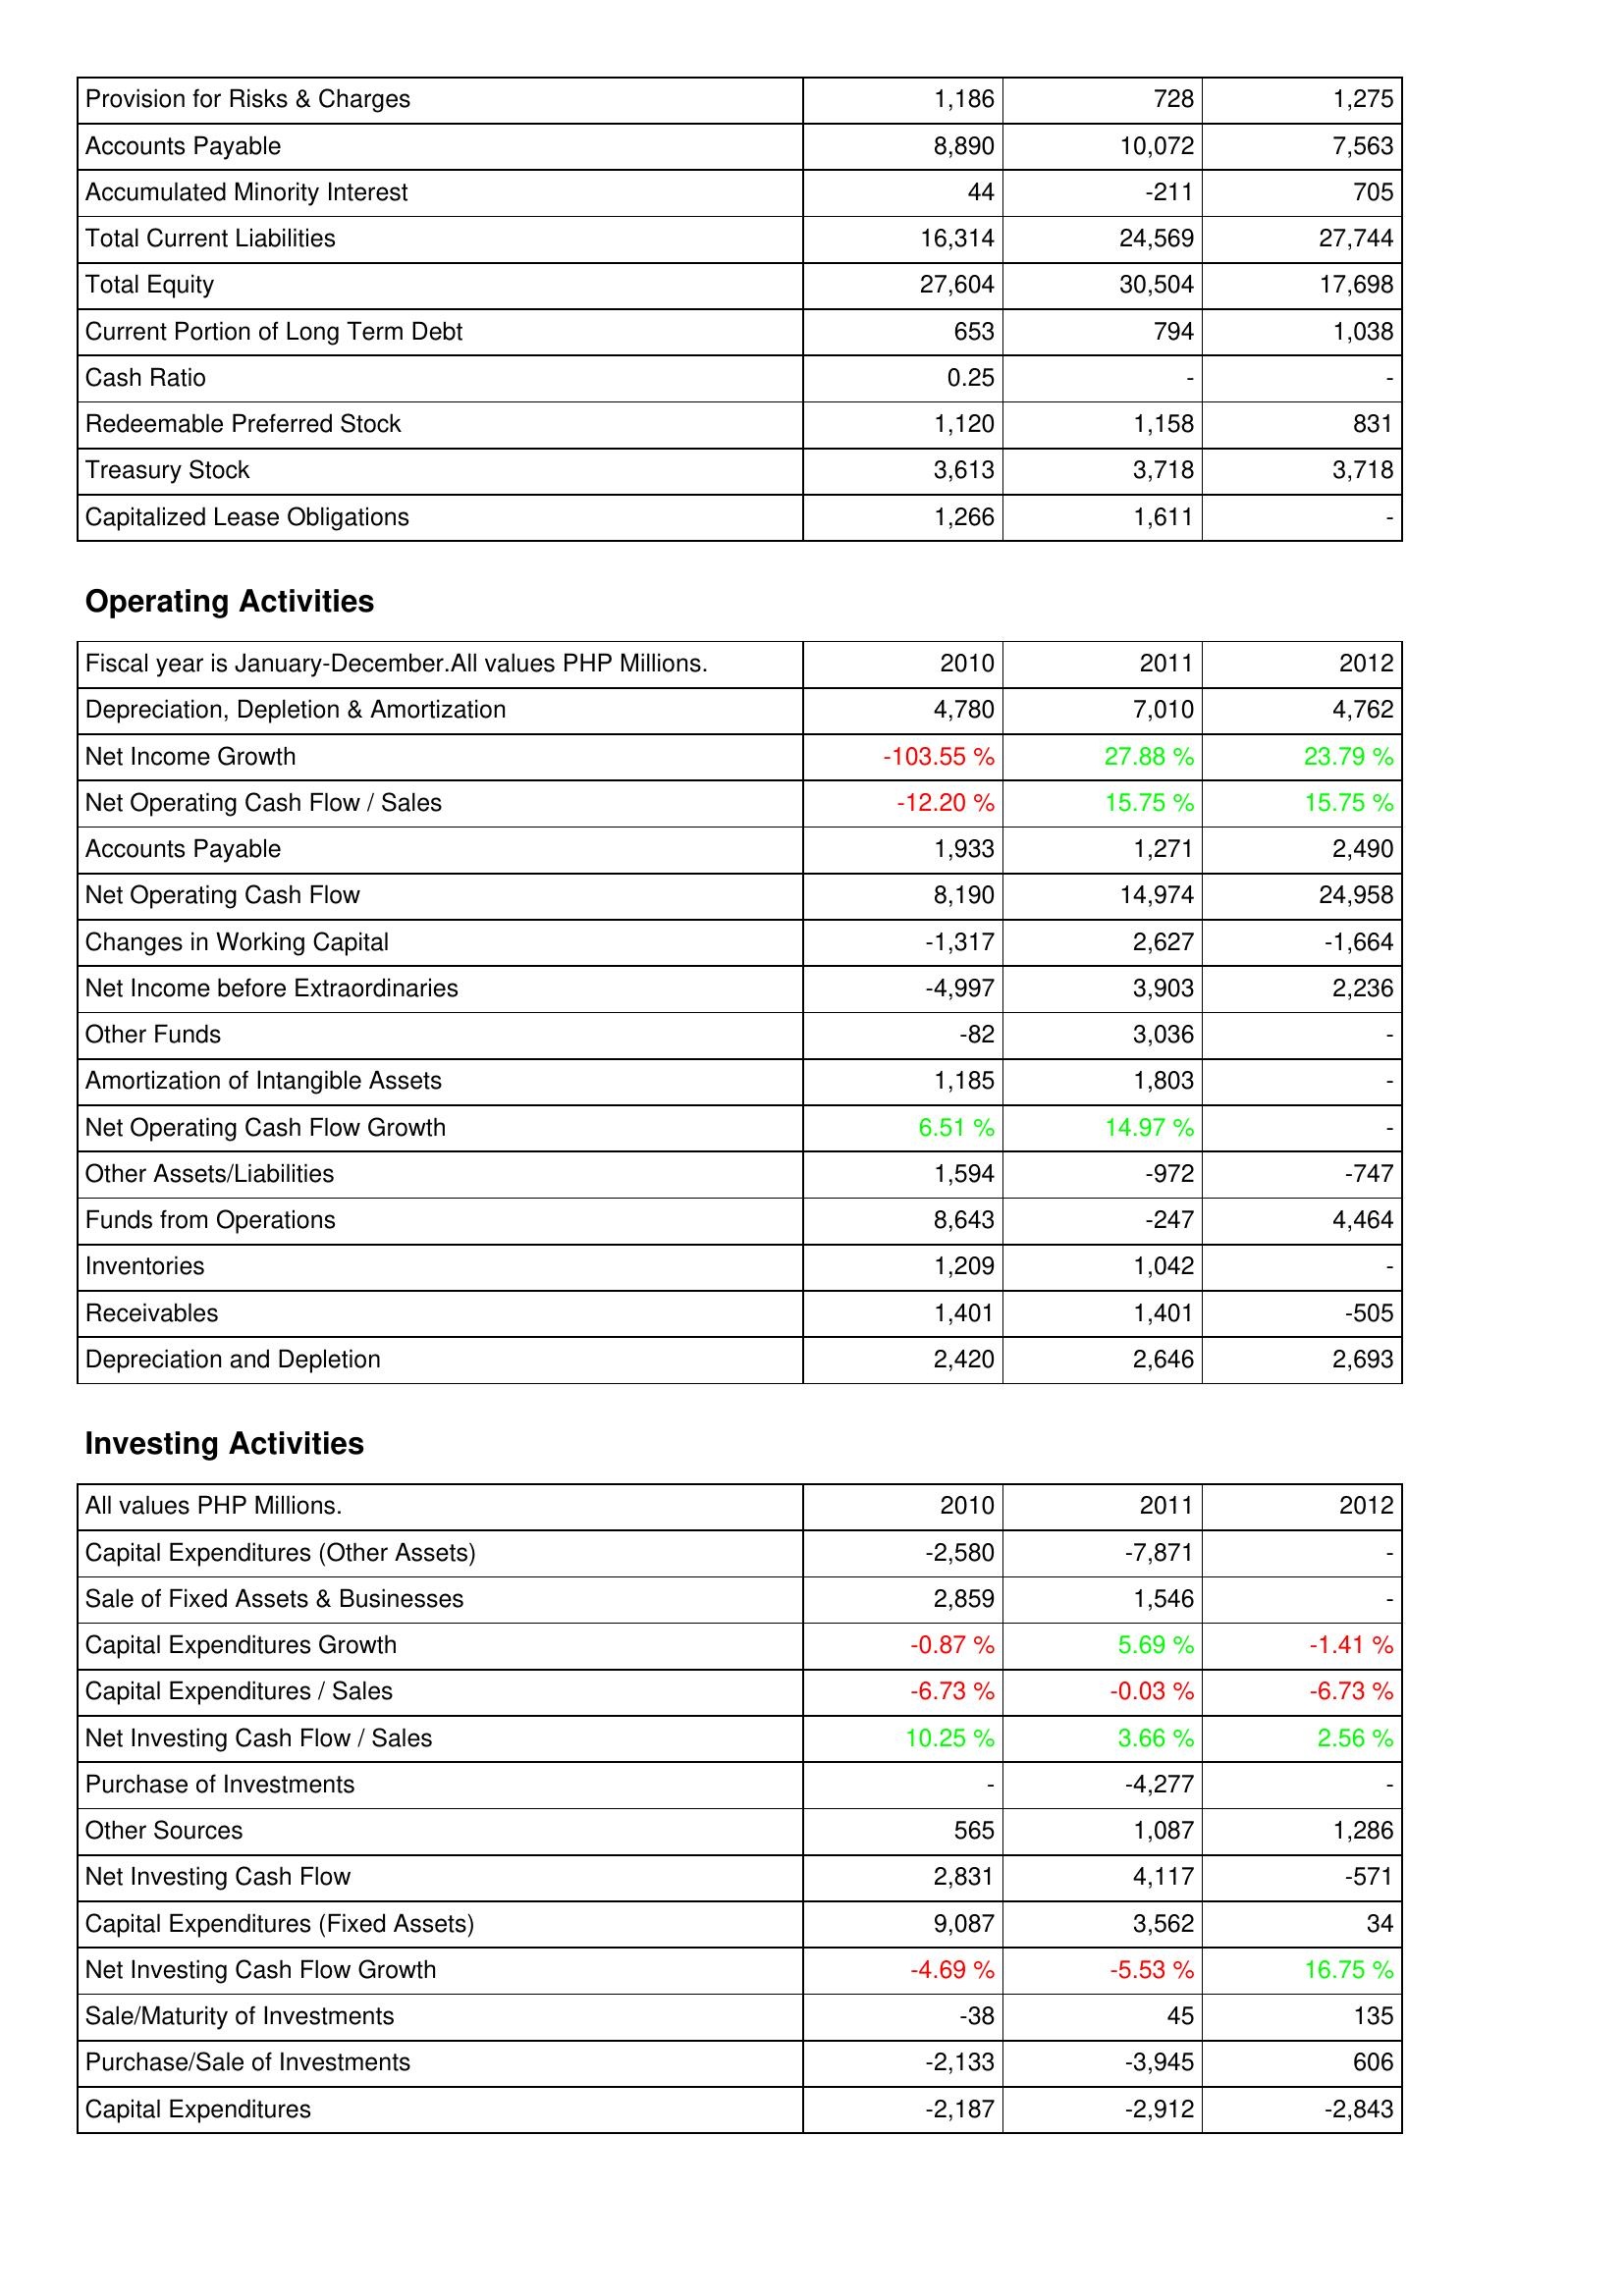
2010: Liabilities & Shareholders' Equity: Provision for Risks & Charges: 1,186
Accounts Payable: 8,890
Accumulated Minority Interest: 44
Total Current Liabilities: 16,314
Total Equity: 27,604
Current Portion of Long Term Debt: 653
Cash Ratio: 0.25
Redeemable Preferred Stock: 1,120
Treasury Stock: 3,613
Capitalized Lease Obligations: 1,266
Operating Activities: Depreciation, Depletion & Amortization: 4,780
Net Income Growth: -103.55 %
Net Operating Cash Flow / Sales: -12.20 %
Accounts Payable: 1,933
Net Operating Cash Flow: 8,190
Changes in Working Capital: -1,317
Net Income before Extraordinaries: -4,997
Other Funds: -82
Amortization of Intangible Assets: 1,185
Net Operating Cash Flow Growth: 6.51 %
Other Assets/Liabilities: 1,594
Funds from Operations: 8,643
Inventories: 1,209
Receivables: 1,401
Depreciation and Depletion: 2,420
Investing Activities: Capital Expenditures (Other Assets): -2,580
Sale of Fixed Assets & Businesses: 2,859
Capital Expenditures Growth: -0.87 %
Capital Expenditures / Sales: -6.73 %
Net Investing Cash Flow / Sales: 10.25 %
Purchase of Investments: -
Other Sources: 565
Net Investing Cash Flow: 2,831
Capital Expenditures (Fixed Assets): 9,087
Net Investing Cash Flow Growth: -4.69 %
Sale/Maturity of Investments: -38
Purchase/Sale of Investments: -2,133
Capital Expenditures: -2,187
2011: Liabilities & Shareholders' Equity: Provision for Risks & Charges: 728
Accounts Payable: 10,072
Accumulated Minority Interest: -211
Total Current Liabilities: 24,569
Total Equity: 30,504
Current Portion of Long Term Debt: 794
Cash Ratio: -
Redeemable Preferred Stock: 1,158
Treasury Stock: 3,718
Capitalized Lease Obligations: 1,611
Operating Activities: Depreciation, Depletion & Amortization: 7,010
Net Income Growth: 27.88 %
Net Operating Cash Flow / Sales: 15.75 %
Accounts Payable: 1,271
Net Operating Cash Flow: 14,974
Changes in Working Capital: 2,627
Net Income before Extraordinaries: 3,903
Other Funds: 3,036
Amortization of Intangible Assets: 1,803
Net Operating Cash Flow Growth: 14.97 %
Other Assets/Liabilities: -972
Funds from Operations: -247
Inventories: 1,042
Receivables: 1,401
Depreciation and Depletion: 2,646
Investing Activities: Capital Expenditures (Other Assets): -7,871
Sale of Fixed Assets & Businesses: 1,546
Capital Expenditures Growth: 5.69 %
Capital Expenditures / Sales: -0.03 %
Net Investing Cash Flow / Sales: 3.66 %
Purchase of Investments: -4,277
Other Sources: 1,087
Net Investing Cash Flow: 4,117
Capital Expenditures (Fixed Assets): 3,562
Net Investing Cash Flow Growth: -5.53 %
Sale/Maturity of Investments: 45
Purchase/Sale of Investments: -3,945
Capital Expenditures: -2,912
2012: Liabilities & Shareholders' Equity: Provision for Risks & Charges: 1,275
Accounts Payable: 7,563
Accumulated Minority Interest: 705
Total Current Liabilities: 27,744
Total Equity: 17,698
Current Portion of Long Term Debt: 1,038
Cash Ratio: -
Redeemable Preferred Stock: 831
Treasury Stock: 3,718
Capitalized Lease Obligations: -
Operating Activities: Depreciation, Depletion & Amortization: 4,762
Net Income Growth: 23.79 %
Net Operating Cash Flow / Sales: 15.75 %
Accounts Payable: 2,490
Net Operating Cash Flow: 24,958
Changes in Working Capital: -1,664
Net Income before Extraordinaries: 2,236
Other Funds: -
Amortization of Intangible Assets: -
Net Operating Cash Flow Growth: -
Other Assets/Liabilities: -747
Funds from Operations: 4,464
Inventories: -
Receivables: -505
Depreciation and Depletion: 2,693
Investing Activities: Capital Expenditures (Other Assets): -
Sale of Fixed Assets & Businesses: -
Capital Expenditures Growth: -1.41 %
Capital Expenditures / Sales: -6.73 %
Net Investing Cash Flow / Sales: 2.56 %
Purchase of Investments: -
Other Sources: 1,286
Net Investing Cash Flow: -571
Capital Expenditures (Fixed Assets): 34
Net Investing Cash Flow Growth: 16.75 %
Sale/Maturity of Investments: 135
Purchase/Sale of Investments: 606
Capital Expenditures: -2,843